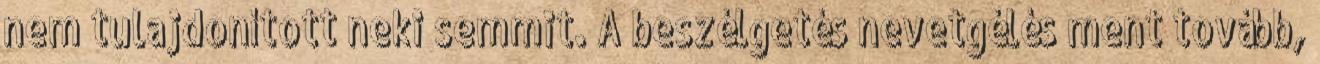
nem tulajdonított neki semmit. A beszélgetés nevetgélés ment tovább,